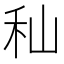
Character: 秈